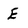
Character: E